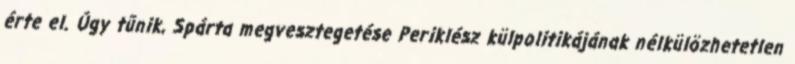
érte el. Úgy tűnik, Spárta megvesztegetése Periklész külpolitikájának nélkülözhetetlen